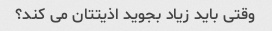
وقتی باید زیاد بجوید اذیتتان می کند؟